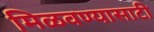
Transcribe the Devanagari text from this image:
मिळवण्यासाटी